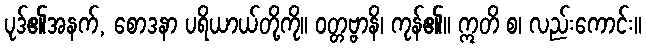
ပုဒ်၏အနက်, စောဒနာ ပရိယာယ်တို့ကို။ ဝတ္တဗ္ဗာနိ၊ ကုန်၏။ ဣတိ စ၊ လည်းကောင်း။